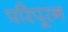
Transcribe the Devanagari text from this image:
परिपूरन